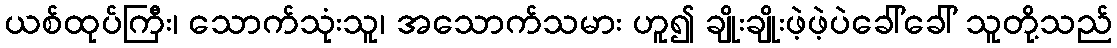
ယစ်ထုပ်ကြီး၊ သောက်သုံးသူ၊ အသောက်သမား ဟူ၍ ချိုးချိုးဖဲ့ဖဲ့ပဲခေါ်ခေါ် သူတို့သည်